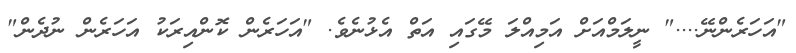
"އަހަރެންނޭ...." ނީލަމްއަށް އަމިއްލަ މޭގައި އަތް އެޅުނެވެ. "އަހަރެން ކޮންއިރަކު އަހަރެން ނުދެން"